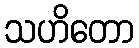
သဟိတော